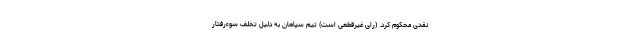
نقدی محکوم کرد. (رای غیرقطعی است) تیم سپاهان به دلیل تخلف سوءرفتار